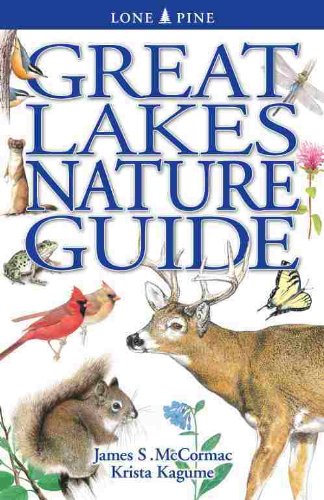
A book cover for Great Lakes Nature Guide; James S. McCormac; Science & Math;